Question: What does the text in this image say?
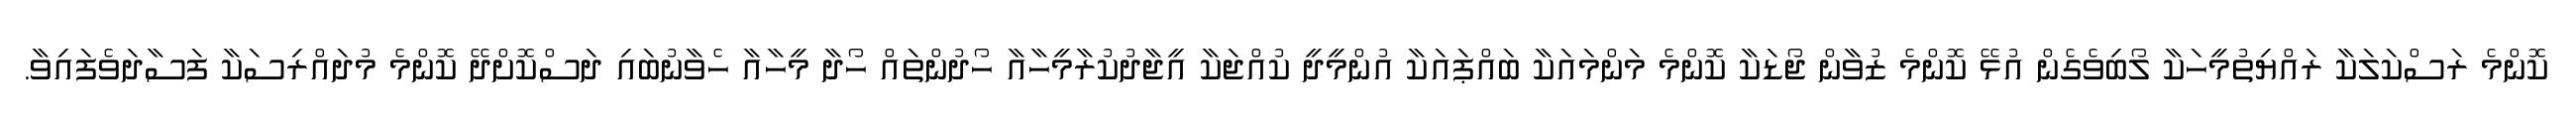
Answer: ކޮންމެ ރަސްކަލަކާ ރައްޔިތުމީހަކާ ލޯބިވެގެން އުޅޭ ކޮންމެ ޒުވާން ޖޯޑަކާ ކޮންމެ މަންމައަކާ ބައްޕައަކާ އުންމީދީ ކުއްޖަކާ އީޖާދުކުރާމީހާއާ ހޯދުންތައް ހޯދާ މީހާއާ ހެވާނުބައި ދަސްކޮށްދޭ ކޮންމެ މުދައްރިސަކާ ފަސާދަވެފައިވާ.